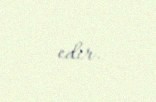
edir.